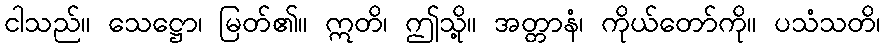
ငါသည်။ သေဋ္ဌော၊ မြတ်၏။ ဣတိ၊ ဤသို့။ အတ္တာနံ၊ ကိုယ်တော်ကို။ ပသံသတိ၊